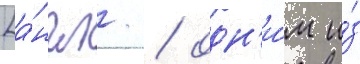
[а́нгл. / одн'и́м и́з